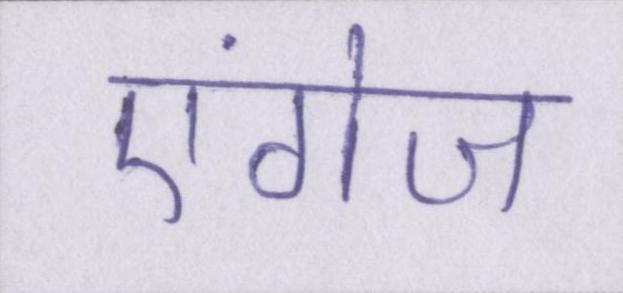
एंगेज